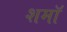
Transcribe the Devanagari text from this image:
शमॉ